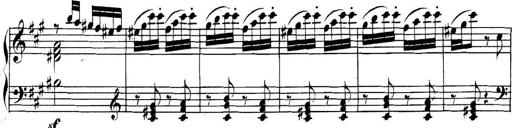
Title: Collected Piano Sonatas
Composer: Muzio Clementi